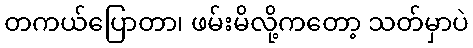
တကယ်ပြောတာ၊ ဖမ်းမိလို့ကတော့ သတ်မှာပဲ